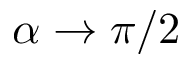
\alpha \rightarrow \pi / 2